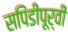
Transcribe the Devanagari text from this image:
सपिंडीपूर्वीं